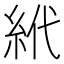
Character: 𱹮